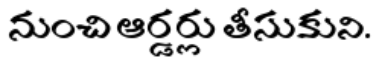
నుంచి ఆర్డర్లు తీసుకుని.